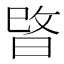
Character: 𭦖